Lunatic asylums Bombay report 1891-1903 - 1891-1903
Year: 1891
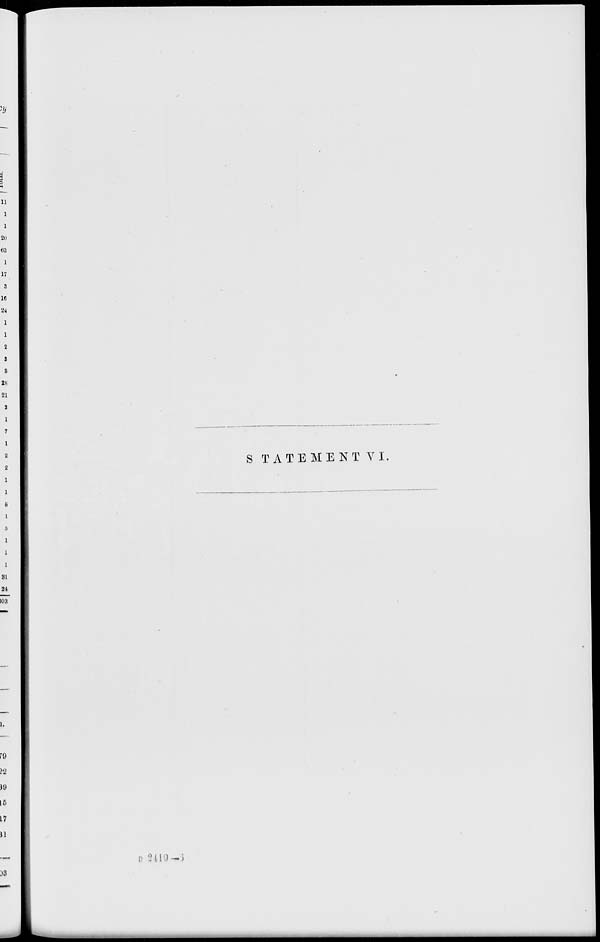
STATEMENT VI.
B 2119-6